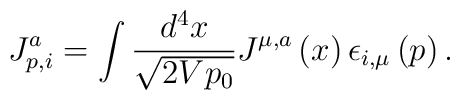
J_{p,i}^a=\int \frac{d^4x}{\sqrt{2Vp_0}}J^{\mu,a}\left(x\right)\epsilon _{i,\mu }\left(p\right).